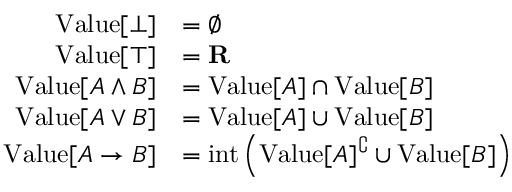
{ \begin{array} { r l } { { \mathrm { V a l u e } } [ \bot ] } & { = \emptyset } \\ { { \mathrm { V a l u e } } [ \top ] } & { = \mathbf { R } } \\ { { \mathrm { V a l u e } } [ A \land B ] } & { = { \mathrm { V a l u e } } [ A ] \cap { \mathrm { V a l u e } } [ B ] } \\ { { \mathrm { V a l u e } } [ A \lor B ] } & { = { \mathrm { V a l u e } } [ A ] \cup { \mathrm { V a l u e } } [ B ] } \\ { { \mathrm { V a l u e } } [ A \to B ] } & { = { \mathrm { i n t } } \left( { \mathrm { V a l u e } } [ A ] ^ { \complement } \cup { \mathrm { V a l u e } } [ B ] \right) } \end{array} }